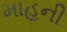
માહની